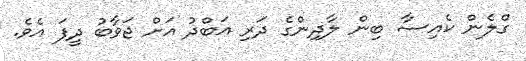
ގްލެން ކެއިސާ ބިން ލާދިންގެ ދަރި އަބްދު އަށް ޖަވާބު ދީފަ އެވެ.